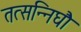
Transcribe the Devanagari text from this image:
तत्सन्निघौ